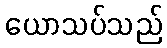
ယောသပ်သည်